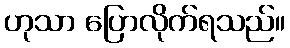
ဟုသာ ပြောလိုက်ရသည်။